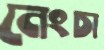
নেংচা